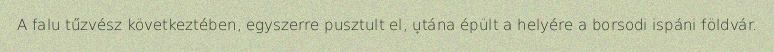
A falu tűzvész következtében, egyszerre pusztult el, utána épült a helyére a borsodi ispáni földvár.